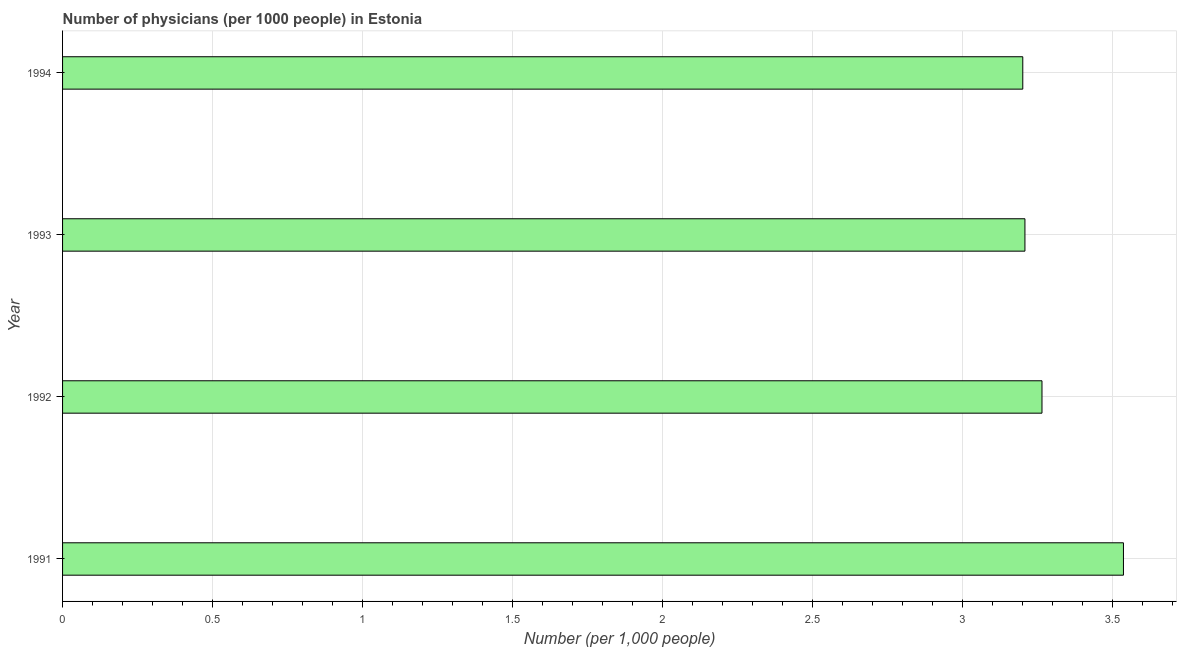
| Year | Physicians |
 | --- | --- |
 | 1991 | 3.54 |
 | 1992 | 3.26 |
 | 1993 | 3.21 |
 | 1994 | 3.2 |